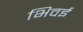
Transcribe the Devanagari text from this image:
भिवई